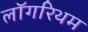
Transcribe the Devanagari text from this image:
लॉगरिथम